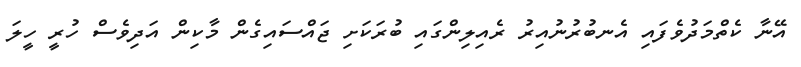
އޭނާ ކެތްމަދުވެފައި އެނބުރުނުއިރު ރެއިލިންގައި ބުރަކަށި ޖައްސައިގެން މާކިން އަދިވެސް ހުރީ ހީލަ